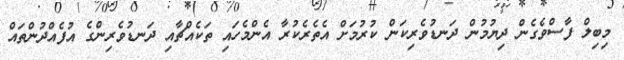
މިބިލް ފާސްވެގެން ދިޔުމުން ދަނޑުވެރިކަން ކުރުމަށް އެތެރެކުރާ އެންމެހައި ތަކެއްޗާއި ދަނޑުވެރިންގެ އުފެއްދުންތައް